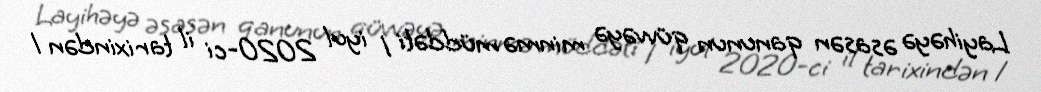
Layihəyə əsasən qanunun qüvvəyə minmə müddəti 1 iyul 2020-ci il tarixindən 1